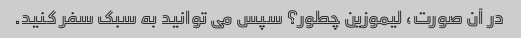
در آن صورت، لیموزین چطور؟ سپس می توانید به سبک سفر کنید.